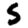
Digit: 5